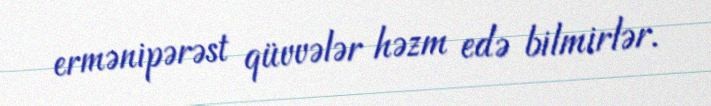
ermənipərəst qüvvələr həzm edə bilmirlər.